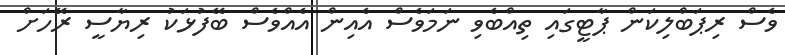
ވެސް ރިޕަބްލިކަން ޕާޓީގައި ތިއްބެވި ނަމަވެސް އެއިން އެއްވެސް ބޭފުޅަކު ރިޔާސީ ރޭހަށް